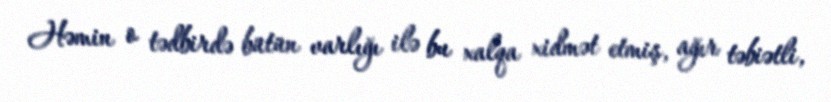
Həmin o tədbirdə bütün varlığı ilə bu xalqa xidmət etmiş, ağır təbiətli,